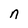
Character: n